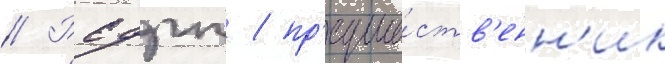
// Рсдрп / пр'едше́ств'енн'ик